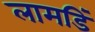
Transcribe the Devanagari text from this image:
लामडिं